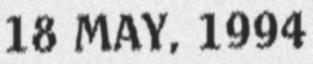
18 MAY, 1994